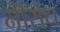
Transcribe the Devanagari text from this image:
नीरोध